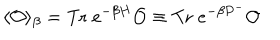
LaTeX: \langle { \cal O } \rangle _ { \beta } = \mathrm { T r } \; e ^ { - \beta H } { \cal O } \equiv \mathrm { T r } \; e ^ { - \beta P ^ { - } } { \cal O }